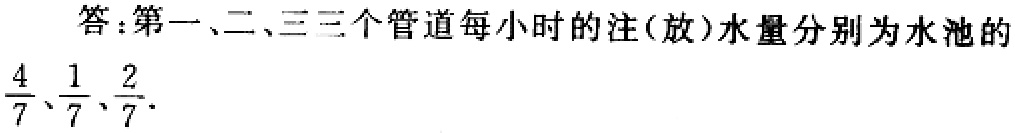
答：第一、二、三三个管道每小时的注(放)水量分别为水池的$\frac{4}{7}、\frac{1}{7}、\frac{2}{7}.$